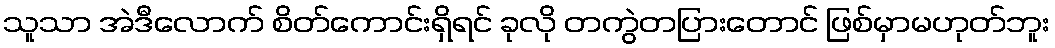
သူသာ အဲဒီလောက် စိတ်ကောင်းရှိရင် ခုလို တကွဲတပြားတောင် ဖြစ်မှာမဟုတ်ဘူး